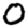
Digit: 0